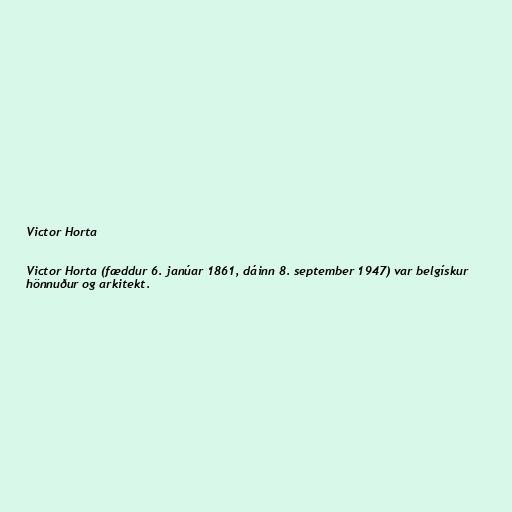
Victor Horta

Victor Horta (fæddur 6. janúar 1861, dáinn 8. september 1947) var belgískur
hönnuður og arkitekt.